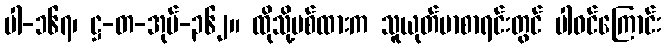
ပါ-၁၆၇၊ ဋ္ဌ-တ-အုပ်-၃၆၂။ ထိုသို့ပစ်ထားက သူယုတ်မာစာရင်းတွင် ပါဝင်ကြောင်း